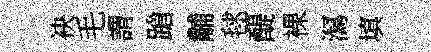
袂毛謂蹌黼毬醍裸㵼填